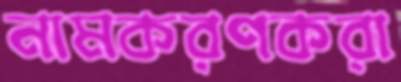
নামকরণকরা